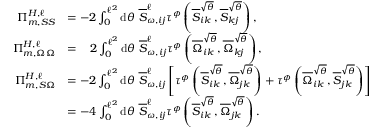
\begin{array} { r l } { \Pi _ { m , S S } ^ { H , \ell } } & { = - 2 \int _ { 0 } ^ { \ell ^ { 2 } } \mathrm { d } \theta ~ \overline { { S } } _ { \omega , i j } ^ { \ell } \tau ^ { \phi } \left( \overline { { S } } _ { i k } ^ { \sqrt { \theta } } , \overline { { S } } _ { k j } ^ { \sqrt { \theta } } \right) , } \\ { \Pi _ { m , \Omega \Omega } ^ { H , \ell } } & { = \; \; \; 2 \int _ { 0 } ^ { \ell ^ { 2 } } \mathrm { d } \theta ~ \overline { { S } } _ { \omega , i j } ^ { \ell } \tau ^ { \phi } \left( \overline { { \Omega } } _ { i k } ^ { \sqrt { \theta } } , \overline { { \Omega } } _ { k j } ^ { \sqrt { \theta } } \right) , } \\ { \Pi _ { m , S \Omega } ^ { H , \ell } } & { = - 2 \int _ { 0 } ^ { \ell ^ { 2 } } \mathrm { d } \theta ~ \overline { { S } } _ { \omega , i j } ^ { \ell } \left[ \tau ^ { \phi } \left( \overline { { S } } _ { i k } ^ { \sqrt { \theta } } , \overline { { \Omega } } _ { j k } ^ { \sqrt { \theta } } \right) + \tau ^ { \phi } \left( \overline { { \Omega } } _ { i k } ^ { \sqrt { \theta } } , \overline { { S } } _ { j k } ^ { \sqrt { \theta } } \right) \right] } \\ & { = - 4 \int _ { 0 } ^ { \ell ^ { 2 } } \mathrm { d } \theta ~ \overline { { S } } _ { \omega , i j } ^ { \ell } \tau ^ { \phi } \left( \overline { { S } } _ { i k } ^ { \sqrt { \theta } } , \overline { { \Omega } } _ { j k } ^ { \sqrt { \theta } } \right) . } \end{array}